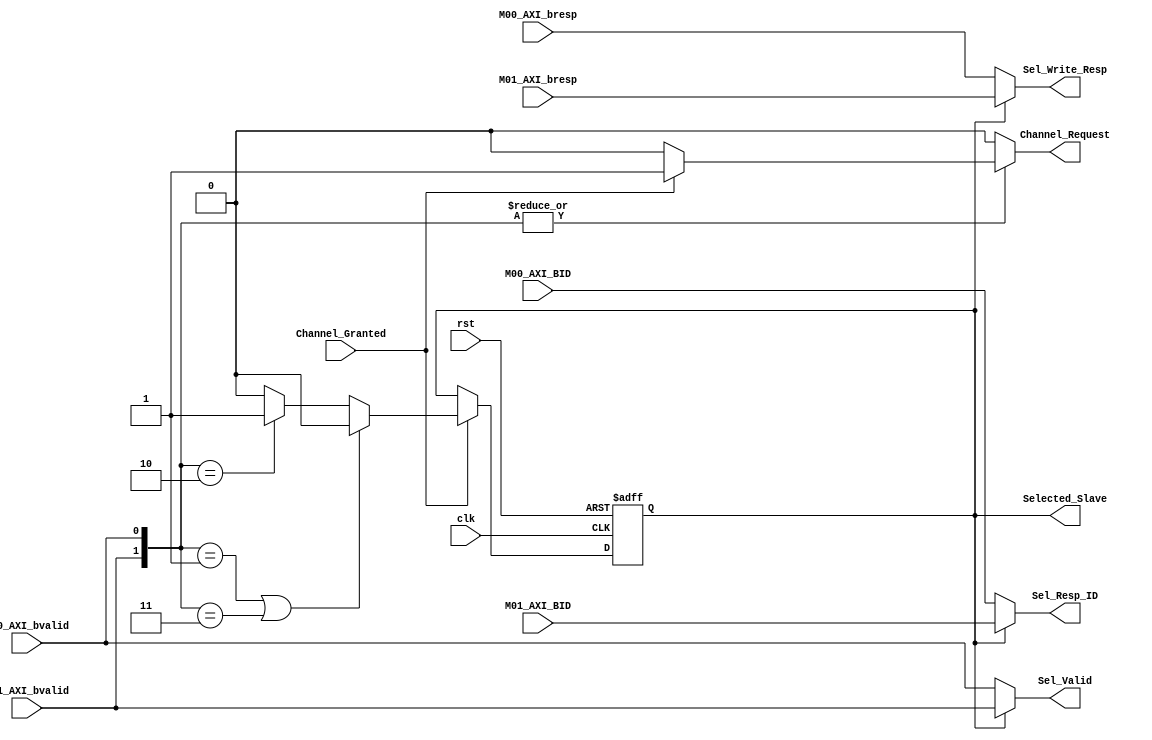
module Write_Resp_Channel_Arb #(
    parameter  Num_Of_Masters ='d2, Masters_Id_Size=$clog2(Num_Of_Masters),
    parameter Num_Of_Slaves = 2 ,Slaves_Id_Size=$clog2(Num_Of_Slaves)
) (
    input  wire                          clk, rst,
   
    input  wire                          Channel_Granted,


    // Slaves Ports -----------------------------------------------
    // Slave 1

    input  wire [Masters_Id_Size-1:0]    M00_AXI_BID  ,
    input  wire [1:0]                    M00_AXI_bresp,//Write response
    input  wire                          M00_AXI_bvalid, //Write response valid signal
    // Slave 2
    input  wire [Masters_Id_Size-1:0]    M01_AXI_BID  ,
    input  wire [1:0]                    M01_AXI_bresp,//Write response
    input  wire                          M01_AXI_bvalid, //Write response valid signal
    // ------------------------------------------------------------
                                            
    output reg                           Channel_Request,
    output reg  [Slaves_Id_Size - 1 : 0]  Selected_Slave, 
    
    output reg  [Masters_Id_Size - 1 : 0]  Sel_Resp_ID,
    output reg  [1:0]                    Sel_Write_Resp,
    output reg                           Sel_Valid
);


reg [Slaves_Id_Size-1:0]  Slave_Sel;
reg [Masters_Id_Size-1:0]  Sel_Resp_ID_Comb;
reg [1:0] Sel_Write_Resp_Comb;
reg       Sel_Valid_Comb;

reg Channel_Request_Com;
wire [Num_Of_Slaves - 1 : 0]  Slaves_Valid;
assign Slaves_Valid ={M01_AXI_bvalid,M00_AXI_bvalid};

always @(*) begin
    if ((|Slaves_Valid)) begin
        if (Channel_Granted ) 
            begin
                Channel_Request='b1;
                
            end else begin
                Channel_Request = 'b0;
            end
    end else begin
        Channel_Request='b0;
    end
end
/*
    always @(posedge clk or negedge rst) begin
        if (!rst) 
            begin
                Channel_Request<='b0;
            end 
        else if (!Channel_Granted ) 
            begin
                Channel_Request <= 'b0;
            end 
        else 
            begin
                Channel_Request <= Channel_Request_Com;
            end
    end
*/
    always @(*) 
    begin
          if ((Slaves_Valid == {{(Num_Of_Slaves-2){1'b0}}, 2'b01}) || (Slaves_Valid == {{(Num_Of_Slaves-2){1'b0}}, 2'b11}))
            begin
                
                Slave_Sel           =  'b0;
                Sel_Write_Resp_Comb = M00_AXI_bresp;
                Sel_Valid_Comb      = Slaves_Valid[0];
                Sel_Resp_ID_Comb       = M00_AXI_BID;
            end 
          else if (Slaves_Valid == {{(Num_Of_Slaves-2){1'b0}}, 2'b10}) 
            begin
                Slave_Sel ='b1;
                Sel_Write_Resp_Comb = M01_AXI_bresp;
                Sel_Valid_Comb      = Slaves_Valid[1];
                Sel_Resp_ID_Comb       = M01_AXI_BID;
            end 
          else 
            begin
                Slave_Sel = 'b0;
                Sel_Write_Resp_Comb      = 'b0;
                Sel_Valid_Comb           = 'b0;
                Sel_Resp_ID_Comb         = 'b0;
            end 
    end

    always @(posedge clk or negedge rst ) begin
        if (!rst) 
         begin
            Selected_Slave <= 'b0;
            //Sel_Resp_ID    <= 'b0;
            //Sel_Write_Resp <= 1'b0; 
            //Sel_Valid      <= 1'b0;        
         end 
        else if (Channel_Granted) 
         begin
            Selected_Slave <= Slave_Sel;
            //Sel_Resp_ID    <= Sel_Resp_ID_Comb;    
            //Sel_Write_Resp <= Sel_Write_Resp_Comb; 
            //Sel_Valid      <= Sel_Valid_Comb;
         end

    end

    always @(*) begin
        if (Selected_Slave=='b0) begin
            Sel_Resp_ID=M00_AXI_BID;
            Sel_Write_Resp=M00_AXI_bresp;
            Sel_Valid=M00_AXI_bvalid;
        end else begin
            Sel_Resp_ID=M01_AXI_BID;
            Sel_Write_Resp=M01_AXI_bresp;
            Sel_Valid=M01_AXI_bvalid;
        end

    end

endmodule